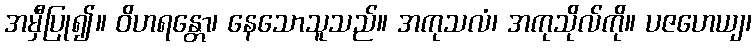
အမှီပြု၍။ ဝိဟရန္တော၊ နေသောသူသည်။ အကုသလံ၊ အကုသိုလ်ကို။ ပဇဟေယျ၊